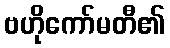
ဗဟိုကော်မတီ၏